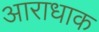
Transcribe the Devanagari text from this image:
आराधाक